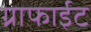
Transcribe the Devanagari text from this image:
ग्राफाईट